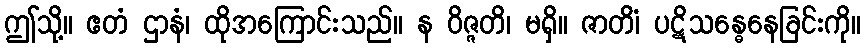
ဤသို့။ ဧတံ ဌာနံ၊ ထိုအကြောင်းသည်။ န ဝိဇ္ဇတိ၊ မရှိ။ ဇာတိံ၊ ပဋိသန္ဓေနေခြင်းကို။